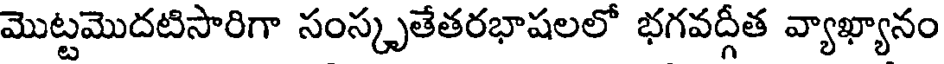
మొట్టమొదటిసారిగా సంస్కృతేతరభాషలలో భగవద్గీత వ్యాఖ్యానం